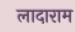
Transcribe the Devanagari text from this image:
लादाराम